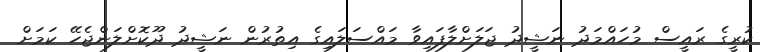
ކުރީގެ ރައީސް މުހައްމަދު ނަޝީދު ޖަލަށްލާފައިވާ މައްސަލައިގެ އިތުރުން ނަޝީދު ދޫކޮށްލަންޖެހޭ ކަމަށް